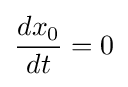
{\frac {dx_{0}}{dt}}=0